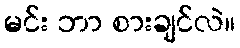
မင်း ဘာ စားချင်လဲ။